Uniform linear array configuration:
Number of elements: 8
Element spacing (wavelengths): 0.25
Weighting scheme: exponential
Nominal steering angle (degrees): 45
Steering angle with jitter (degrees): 44.681
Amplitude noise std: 0.05
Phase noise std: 0.05

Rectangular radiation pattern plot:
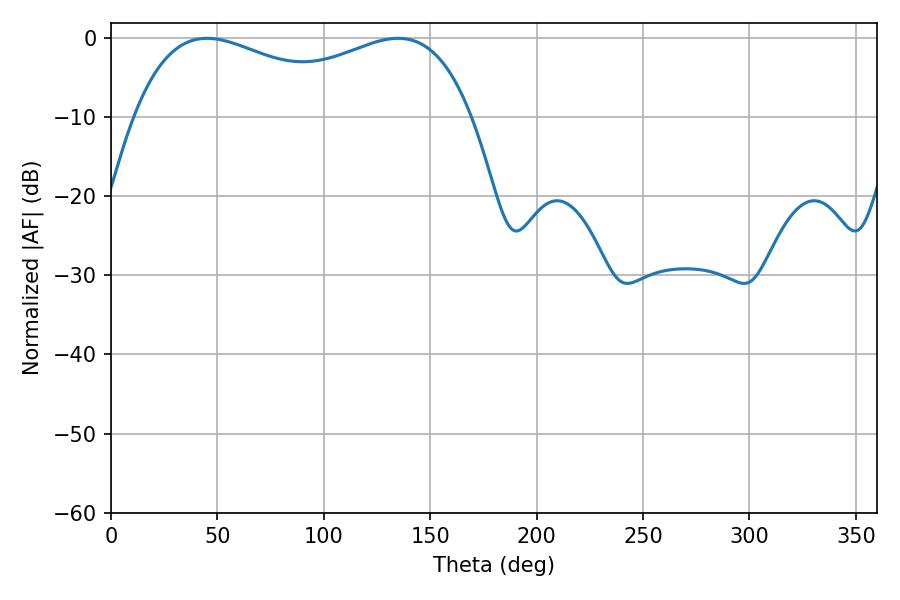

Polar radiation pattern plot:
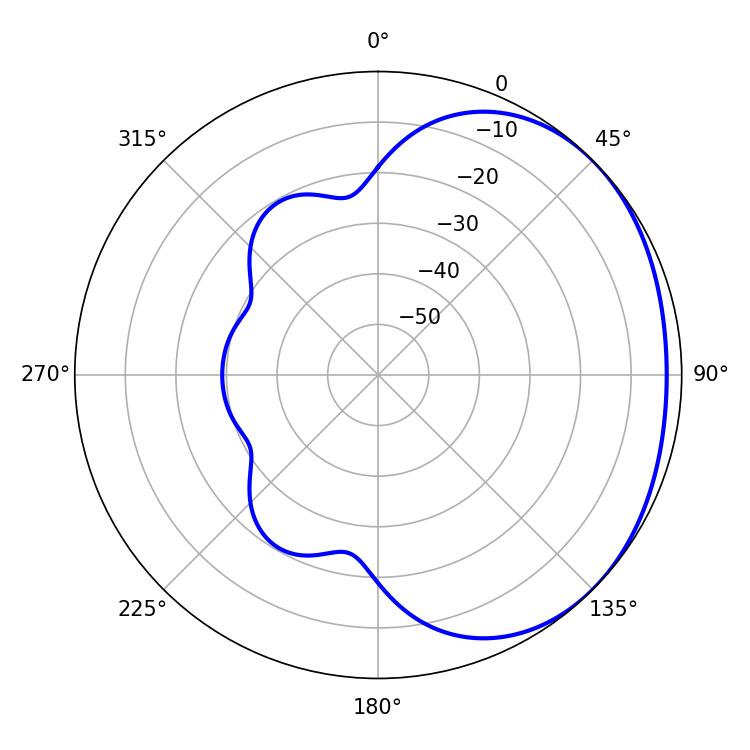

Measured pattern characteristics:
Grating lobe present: FALSE
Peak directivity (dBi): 1.61
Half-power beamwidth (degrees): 131.04
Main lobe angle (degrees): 45